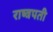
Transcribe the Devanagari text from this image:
राष्त्रपती